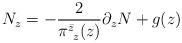
LaTeX: \begin{align*}N_z=-\frac{2}{\pi^{\bar z}_{~z}(z)}\partial_z N+g(z)\end{align*}